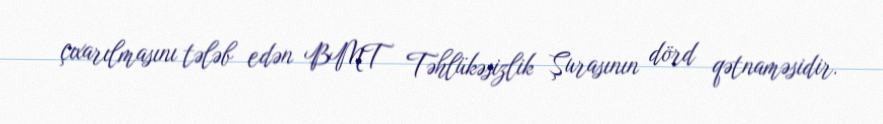
çıxarılmasını tələb edən BMT Təhlükəsizlik Şurasının dörd qətnaməsidir.